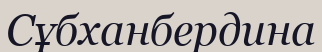
Сұбханбердина